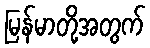
မြန်မာတို့အတွက်